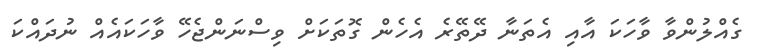
ގެއްލުންވާ ވާހަކަ އާއި އެތަނާ ދޭތޭރެ އެހެން ގޮތަކަށް ވިސްނަންޖެހޭ ވާހަކައެއް ނުދައްކަ